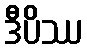
ဒီပိဿ